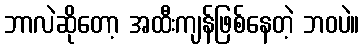
ဘာလဲဆိုတော့ အထီးကျန်ဖြစ်နေတဲ့ ဘဝပဲ။